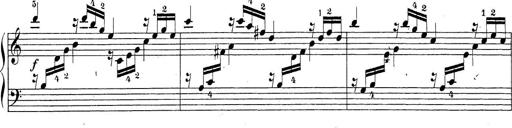
Title: Sonatina Album
Composer: Louis KÃ¶hler